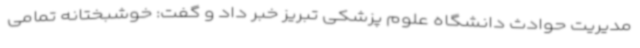
مدیریت حوادث دانشگاه علوم پزشکی تبریز خبر داد و گفت: خوشبختانه تمامی